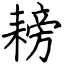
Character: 耪